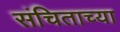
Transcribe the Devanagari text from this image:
संचिताच्या